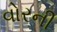
વોરની